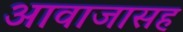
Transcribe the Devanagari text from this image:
आवाजासह